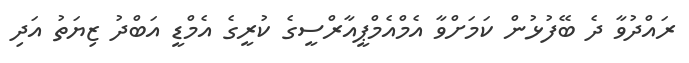
ރައްދުވާ ދެ ބޭފުޅުން ކަމަށްވާ އެމްއެމްޕީއާރްސީގެ ކުރީގެ އެމްޑީ އަބްދު ޒިޔަތު އަދި